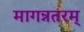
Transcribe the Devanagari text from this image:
मागन्नतरम्